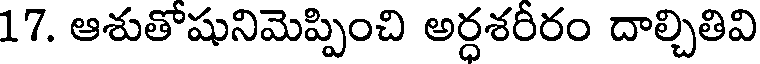
17. ఆశుతోషునిమెప్పించి అర్ధశరీరం దాల్చితివి